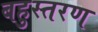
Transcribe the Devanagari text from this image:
बहुस्तरण